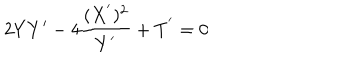
LaTeX: 2 Y Y ^ { \prime } - 4 \frac { ( X ^ { ^ { \prime } } ) ^ { 2 } } { Y ^ { ^ { \prime } } } + T ^ { ^ { \prime } } = 0